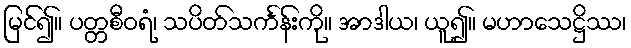
မြင်၍။ ပတ္တစီဝရံ၊ သပိတ်သင်္ကန်းကို။ အာဒါယ၊ ယူ၍။ မဟာသေဋ္ဌိဿ၊